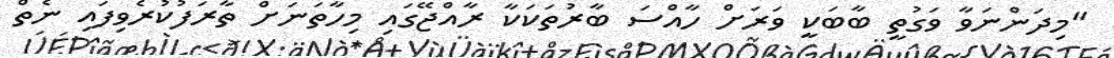
"މިދަންނަވާ ވަގުތީ ބާބަކީ ވަރަށް ހާއްސަ ބާރުތަކަކާ ރާއްޖޭގައި މިހާތަނަށް ތާރަފުކުރެވިފައި ނެތް